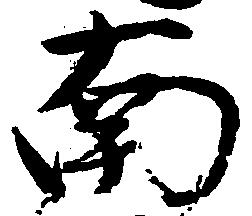
南